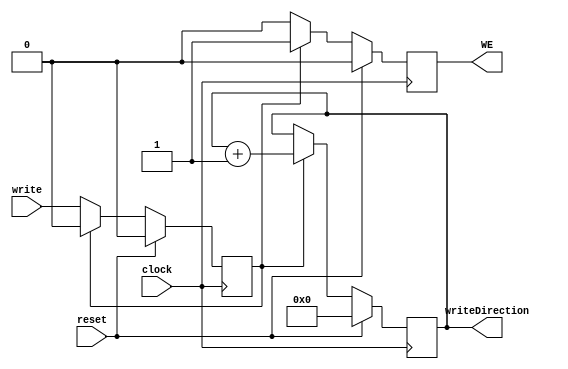
`timescale 1ns / 1ps
//////////////////////////////////////////////////////////////////////////////////
// Company: 
// Engineer: 
// 
// Design Name: 
// Module Name:    WRITE_NOTE 
// Project Name: 
// Target Devices: 
// Tool versions: 
// Description: 
//
// Dependencies: 
//
// Revision: 
// Revision 0.01 - File Created
// Additional Comments: 
//
//////////////////////////////////////////////////////////////////////////////////
module WRITE_NOTE(
   clock,
	write,
	writeDirection,
	reset,
	WE
);

input wire clock;
input wire write;
input wire reset;
output reg WE;
output reg [5:0] writeDirection;



reg cuenteAux;


always@(posedge clock)
	begin
	if(reset)
		begin
			cuenteAux <= 1'b0;
			writeDirection <= 6'b0;
			WE <= 1'b0;
		end
	else
		if(cuenteAux)
			begin	
				writeDirection <= writeDirection + 1'b1;  
				cuenteAux <= 1'b0;
				WE <= 1'b1;
			end
		else
			begin
				cuenteAux <= write;
				writeDirection <= writeDirection;
				WE <= 1'b0;
			end
	end


endmodule